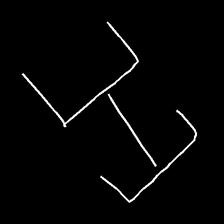
Glyph: entwine